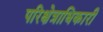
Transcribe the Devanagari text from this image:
परिक्षेत्राधिकारी